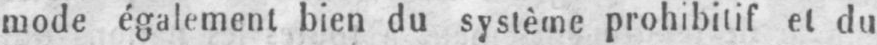
mode également bien du système prohibitif et du